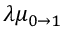
\lambda \mu _ { 0 \to 1 }